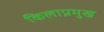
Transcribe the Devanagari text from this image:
किलाप्रमुख